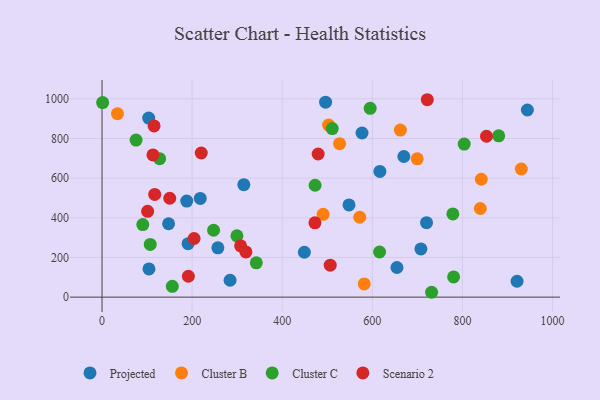
{"axis": {"x": "Experience", "y": "Salary"}, "legend": ["Cluster B", "Cluster C", "Projected", "Scenario 2"], "data": [{"x": "707.8", "y": 243.1, "type": "Projected"}, {"x": "921.2", "y": 80.1, "type": "Projected"}, {"x": "449.1", "y": 226.3, "type": "Projected"}, {"x": "284.2", "y": 85.1, "type": "Projected"}, {"x": "616.7", "y": 634.1, "type": "Projected"}, {"x": "496.2", "y": 983.1, "type": "Projected"}, {"x": "577.1", "y": 827.8, "type": "Projected"}, {"x": "103.6", "y": 903.0, "type": "Projected"}, {"x": "257.1", "y": 248.8, "type": "Projected"}, {"x": "188.0", "y": 484.4, "type": "Projected"}, {"x": "218.0", "y": 498.0, "type": "Projected"}, {"x": "191.0", "y": 269.7, "type": "Projected"}, {"x": "944.1", "y": 943.7, "type": "Projected"}, {"x": "669.9", "y": 709.3, "type": "Projected"}, {"x": "314.7", "y": 567.4, "type": "Projected"}, {"x": "104.2", "y": 142.5, "type": "Projected"}, {"x": "548.2", "y": 465.2, "type": "Projected"}, {"x": "654.6", "y": 149.5, "type": "Projected"}, {"x": "720.3", "y": 375.6, "type": "Projected"}, {"x": "147.7", "y": 370.0, "type": "Projected"}, {"x": "572.0", "y": 402.8, "type": "Cluster B"}, {"x": "699.6", "y": 697.6, "type": "Cluster B"}, {"x": "502.9", "y": 867.8, "type": "Cluster B"}, {"x": "527.2", "y": 774.1, "type": "Cluster B"}, {"x": "841.8", "y": 594.6, "type": "Cluster B"}, {"x": "839.6", "y": 446.9, "type": "Cluster B"}, {"x": "930.6", "y": 646.2, "type": "Cluster B"}, {"x": "490.8", "y": 417.5, "type": "Cluster B"}, {"x": "662.2", "y": 842.3, "type": "Cluster B"}, {"x": "34.3", "y": 925.1, "type": "Cluster B"}, {"x": "582.0", "y": 66.4, "type": "Cluster B"}, {"x": "616.0", "y": 227.6, "type": "Cluster C"}, {"x": "127.8", "y": 698.5, "type": "Cluster C"}, {"x": "731.5", "y": 24.5, "type": "Cluster C"}, {"x": "75.5", "y": 792.3, "type": "Cluster C"}, {"x": "780.4", "y": 101.7, "type": "Cluster C"}, {"x": "511.0", "y": 850.3, "type": "Cluster C"}, {"x": "803.9", "y": 771.8, "type": "Cluster C"}, {"x": "778.7", "y": 419.5, "type": "Cluster C"}, {"x": "156.0", "y": 54.4, "type": "Cluster C"}, {"x": "595.2", "y": 952.2, "type": "Cluster C"}, {"x": "299.4", "y": 309.2, "type": "Cluster C"}, {"x": "880.4", "y": 813.4, "type": "Cluster C"}, {"x": "472.9", "y": 564.3, "type": "Cluster C"}, {"x": "107.0", "y": 265.7, "type": "Cluster C"}, {"x": "1.3", "y": 981.0, "type": "Cluster C"}, {"x": "342.4", "y": 172.8, "type": "Cluster C"}, {"x": "247.6", "y": 337.3, "type": "Cluster C"}, {"x": "90.5", "y": 365.9, "type": "Cluster C"}, {"x": "150.3", "y": 498.8, "type": "Scenario 2"}, {"x": "506.5", "y": 161.2, "type": "Scenario 2"}, {"x": "204.3", "y": 295.6, "type": "Scenario 2"}, {"x": "472.6", "y": 374.7, "type": "Scenario 2"}, {"x": "722.0", "y": 995.6, "type": "Scenario 2"}, {"x": "853.4", "y": 811.4, "type": "Scenario 2"}, {"x": "113.0", "y": 717.1, "type": "Scenario 2"}, {"x": "319.3", "y": 228.2, "type": "Scenario 2"}, {"x": "479.7", "y": 721.9, "type": "Scenario 2"}, {"x": "115.5", "y": 863.7, "type": "Scenario 2"}, {"x": "307.6", "y": 258.7, "type": "Scenario 2"}, {"x": "116.9", "y": 518.2, "type": "Scenario 2"}, {"x": "191.6", "y": 105.2, "type": "Scenario 2"}, {"x": "220.2", "y": 726.8, "type": "Scenario 2"}, {"x": "101.2", "y": 433.0, "type": "Scenario 2"}]}